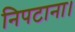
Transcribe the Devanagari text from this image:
निपटाना।